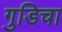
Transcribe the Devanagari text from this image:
गुडिचा